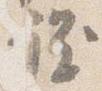
程